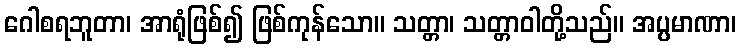
ဂေါစရဘူတာ၊ အာရုံဖြစ်၍ ဖြစ်ကုန်သော။ သတ္တာ၊ သတ္တာဝါတို့သည်။ အပ္ပမာဏာ၊